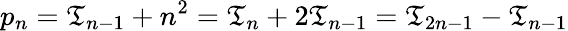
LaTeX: p_{n}=\mathfrak{T}_{n-1}+n^{2}=\mathfrak{T}_{n}+2\mathfrak{T}_{n-1}=\mathfrak{T}_{2n-1}-\mathfrak{T}_{n-1}